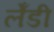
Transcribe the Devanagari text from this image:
लेँडी